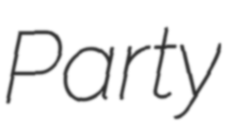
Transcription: Party